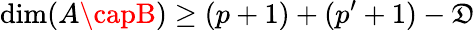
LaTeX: \dim(A\capB)\ge(p+1)+(p^{\prime}+1)-\mathfrak{D}